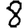
Digit: 8